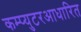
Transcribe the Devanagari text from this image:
कम्प्युटरआधारित